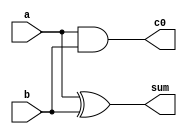
module ha (a,b,c0,sum);
input a,b;
output sum,c0;
assign sum = a^b;
assign c0= a&b;
endmodule